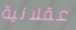
عقلانية